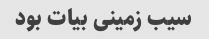
سیب زمینی بیات بود